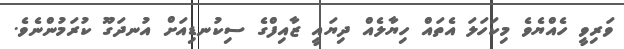
ވަރިވީ ހެއްޔެވެ މިކަހަލަ އެތަައް ހިޔާލެއް ދިޔައީ ޒާއިފްގެ ސިކުނޑިއަށް އުނދަގޫ ކުރަމުންނެވެ.